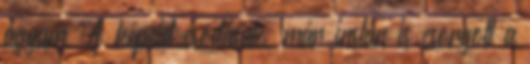
agyam. A képeid csodásak, már instán is csorgott a